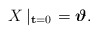
\begin{align*}X\left|_{{\bf t}=0}\right.=\mbox{\boldmath$\vartheta$}.\end{align*}